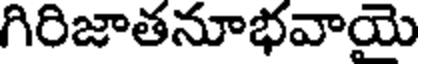
గిరిజాతనూభవాయె